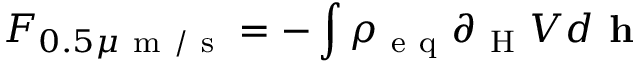
F _ { 0 . 5 \mu \mathrm { ~ m ~ / ~ s ~ } } = - \int \rho _ { \mathrm { ~ e ~ q ~ } } \partial _ { \mathrm { ~ H ~ } } V d \textbf { h }